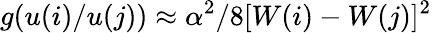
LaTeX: g(u(i)/u(j))\approx\alpha^{2}/8[W(i)-W(j)]^{2}